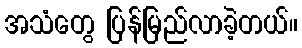
အသံတွေ ပြန်မြည်လာခဲ့တယ်။